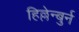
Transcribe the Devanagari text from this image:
हिल्लेन्बुर्न